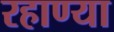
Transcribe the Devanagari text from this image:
रहाण्या